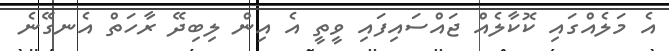
އެ މަލެއްގައި ކޮކާލެއް ޖައްސައިފައި ވީތީ އެ އިން ލިބިދޭ ރާހަތް އެނގޭނެ